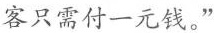
客只需付一元钱。”